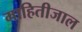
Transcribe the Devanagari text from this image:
माहितीजाल